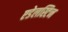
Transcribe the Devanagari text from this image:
एडेलस्टिन